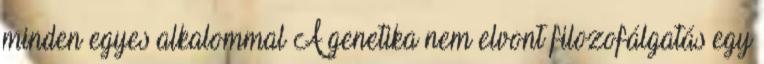
minden egyes alkalommal A genetika nem elvont filozofálgatás egy